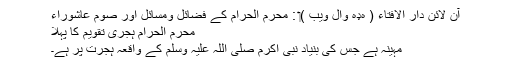
آن لائن دار الافتاء ( هډه وال ويب )‏ : محرم الحرام کے فضائل ومسائل اور صومِ عاشوراء
محرم الحرام ہجری تقویم کا پہلا
مہینہ ہے جس کی بنیاد نبی اکرم صلی اللہ علیہ وسلم کے واقعہ ہجرت پر ہے۔